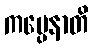
ကပ္ပေနာတိ